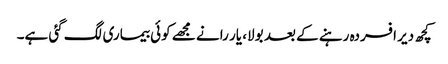
کچھ دیر افسردہ رہنے کے بعد بولا، یار رانے مجھے کوئی بیماری لگ گئی ہے۔